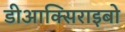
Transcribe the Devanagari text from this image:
डीआक्सिराइबो